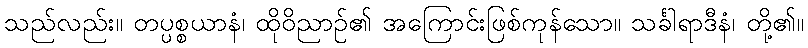
သည်လည်း။ တပ္ပစ္စယာနံ၊ ထိုဝိညာဉ်၏ အကြောင်းဖြစ်ကုန်သော။ သင်္ခါရာဒီနံ၊ တို့၏။